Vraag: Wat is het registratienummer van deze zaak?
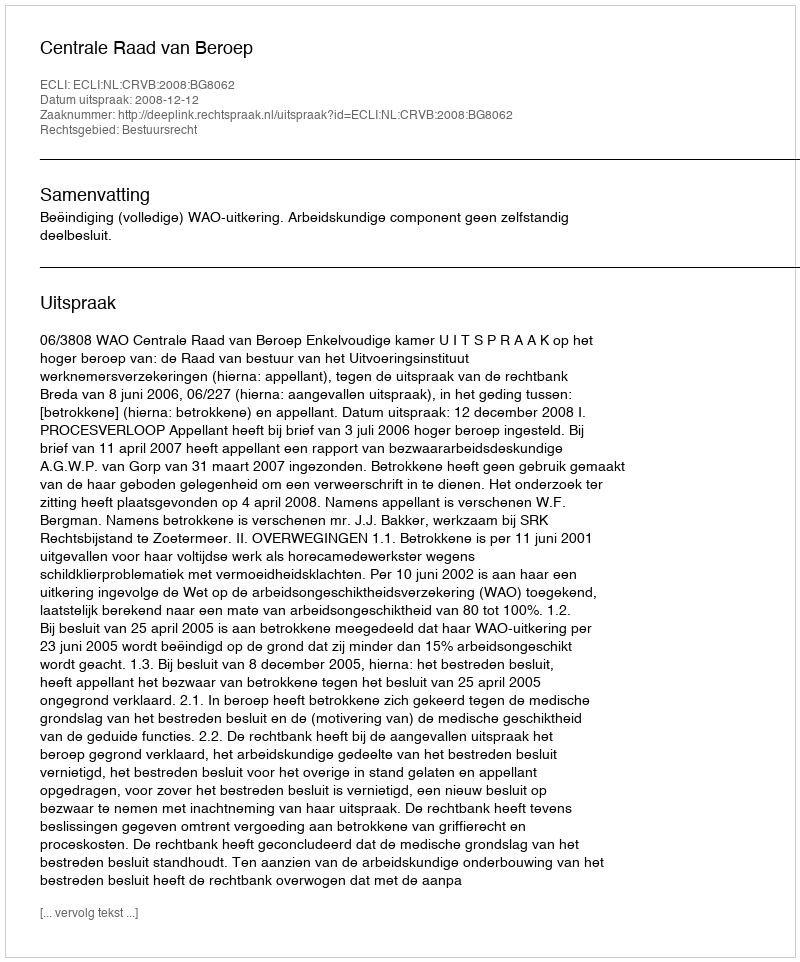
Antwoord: http://deeplink.rechtspraak.nl/uitspraak?id=ECLI:NL:CRVB:2008:BG8062